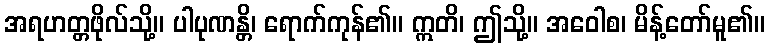
အရဟတ္တဖိုလ်သို့။ ပါပုဏန္တိ၊ ရောက်ကုန်၏။ ဣတိ၊ ဤသို့။ အဝေါစ၊ မိန့်တော်မူ၏။